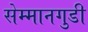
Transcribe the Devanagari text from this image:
सेम्मानगुडी